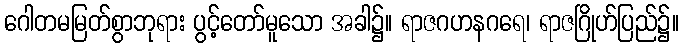
ဂေါတမမြတ်စွာဘုရား ပွင့်တော်မူသော အခါ၌။ ရာဇဂဟနဂရေ၊ ရာဇဂြိုဟ်ပြည်၌။